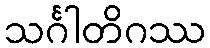
သင်္ဂါတိဂဿ